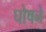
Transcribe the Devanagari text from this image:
घोषने